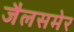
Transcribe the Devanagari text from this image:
जैलसमेर